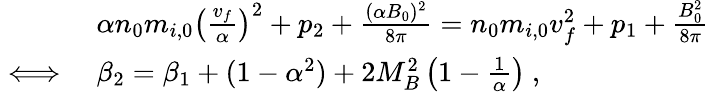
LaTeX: \begin{array}{rl}&{\alpha n_{0}m_{i,0}\left(\frac{v_{f}}{\alpha}\right)^{2}+p_{2}+\frac{(\alpha B_{0})^{2}}{8\pi}=n_{0}m_{i,0}v_{f}^{2}+p_{1}+\frac{B_{0}^{2}}{8\pi}}\\ {\iff}&{\beta_{2}=\beta_{1}+(1-\alpha^{2})+2M_{B}^{2}\left(1-\frac{1}{\alpha}\right)\ ,}\end{array}